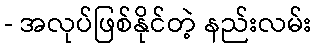
- အလုပ်ဖြစ်နိုင်တဲ့ နည်းလမ်း